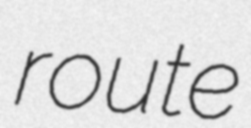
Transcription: route